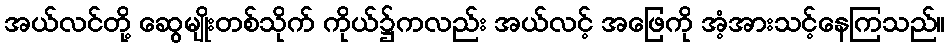
အယ်လင်တို့ ဆွေမျိုးတစ်သိုက် ကိုယ်၌ကလည်း အယ်လင့် အဖြေကို အံ့အားသင့်နေကြသည်။